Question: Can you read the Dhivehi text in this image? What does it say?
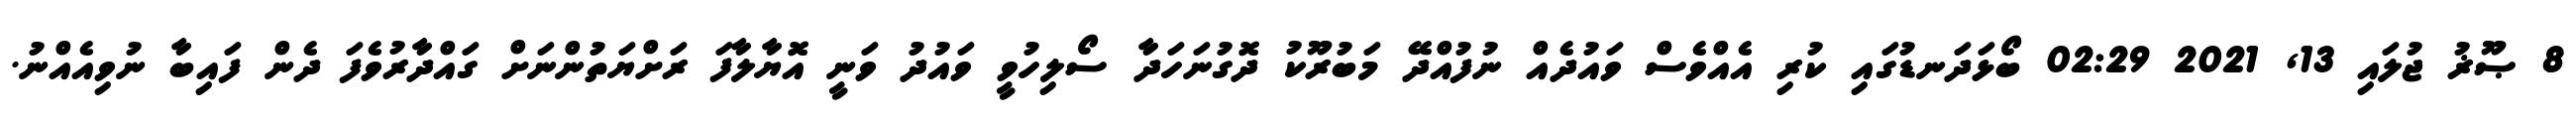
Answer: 8 ޞޫޜު ޖުލައި 13, 2021 02:29 ބޯޅަދަނޑުގައި ކުރި އެއްވެސް ވައުދެއް ނުފުއްދޭ މަބުރޫކު ދޮގުނަހަދާ ސޯލިހުވީ ވައުދު ވަނީ އޮޔާލާފަ ރަށްޔަތުންނަށް ގައްދާރުވެފަ ދެން ފައިބާ ނުވިއެއްނު.